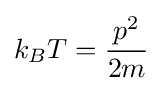
k_{B}T={\frac {p^{2}}{2m}}